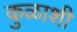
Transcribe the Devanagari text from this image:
कुळाशी